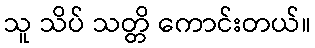
သူ သိပ် သတ္တိ ကောင်းတယ်။